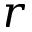
r